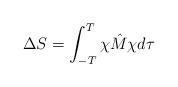
LaTeX: \begin{align*}\Delta S = \int_{-T}^T \chi\hat{M}\chi d\tau\end{align*}